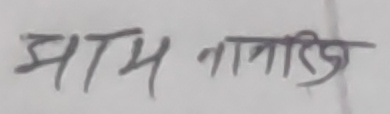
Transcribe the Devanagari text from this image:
माम नागरिक